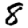
Digit: 8